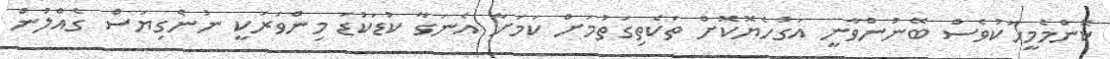
ކޮންމެމީހަކުވެސް ބޭނުންވާނީ އަގުހެޔޮކޮށް ތަކެތިގަތުމަށް ކަމަށާ އެނަގާ ކުޑަކުޑަ މިންވަރަކީ ނުނެގިޔަސް ގެއްލުން